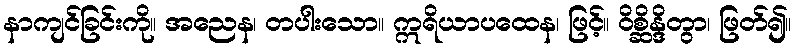
နာကျင်ခြင်းကို။ အညေန၊ တပါးသော။ ဣရိယာပထေန၊ ဖြင့်။ ဝိစ္ဆိန္ဒိတွာ၊ ဖြတ်၍။